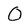
Character: O